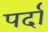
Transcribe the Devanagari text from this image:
पर्दां